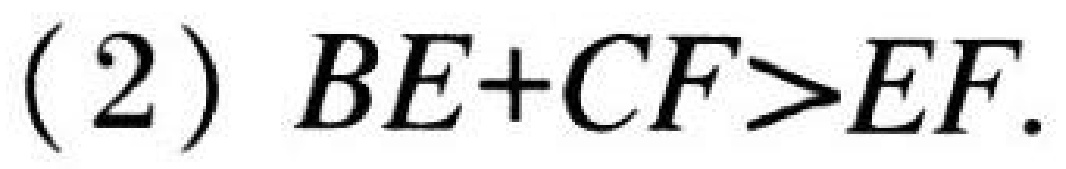
(2) \(BE + CF>EF\).